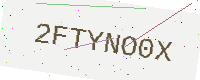
Text: 2FTYNO0X